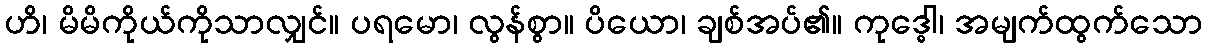
ဟိ၊ မိမိကိုယ်ကိုသာလျှင်။ ပရမော၊ လွန်စွာ။ ပိယော၊ ချစ်အပ်၏။ ကုဒ္ဓေါ၊ အမျက်ထွက်သော